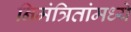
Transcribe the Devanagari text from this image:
निमंत्रितांमध्ये